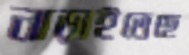
নাড়াইতেছে